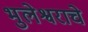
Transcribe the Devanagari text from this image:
भुलेश्वराचे